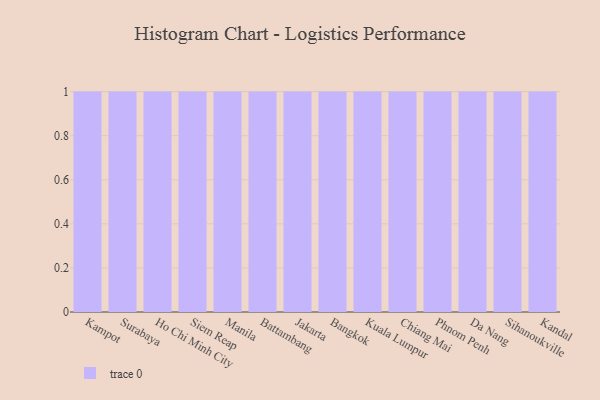
{"axis": {"x": "City", "y": "Bounce Rate (%)"}, "legend": [""], "data": [{"x": "Kampot", "y": 1, "type": ""}, {"x": "Surabaya", "y": 54, "type": ""}, {"x": "Ho Chi Minh City", "y": 86, "type": ""}, {"x": "Siem Reap", "y": 64, "type": ""}, {"x": "Manila", "y": 17, "type": ""}, {"x": "Battambang", "y": 46, "type": ""}, {"x": "Jakarta", "y": 68, "type": ""}, {"x": "Bangkok", "y": 83, "type": ""}, {"x": "Kuala Lumpur", "y": 64, "type": ""}, {"x": "Chiang Mai", "y": 6, "type": ""}, {"x": "Phnom Penh", "y": 42, "type": ""}, {"x": "Da Nang", "y": 98, "type": ""}, {"x": "Sihanoukville", "y": 43, "type": ""}, {"x": "Kandal", "y": 40, "type": ""}]}